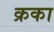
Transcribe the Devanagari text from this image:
क्रका